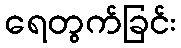
ရေတွက်ခြင်း